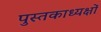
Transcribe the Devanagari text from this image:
पुस्तकाध्यक्षों